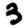
Digit: 3